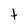
Character: t